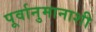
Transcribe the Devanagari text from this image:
पूर्वानुमानाशी